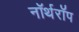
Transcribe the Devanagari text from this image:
नॉर्थरॉप